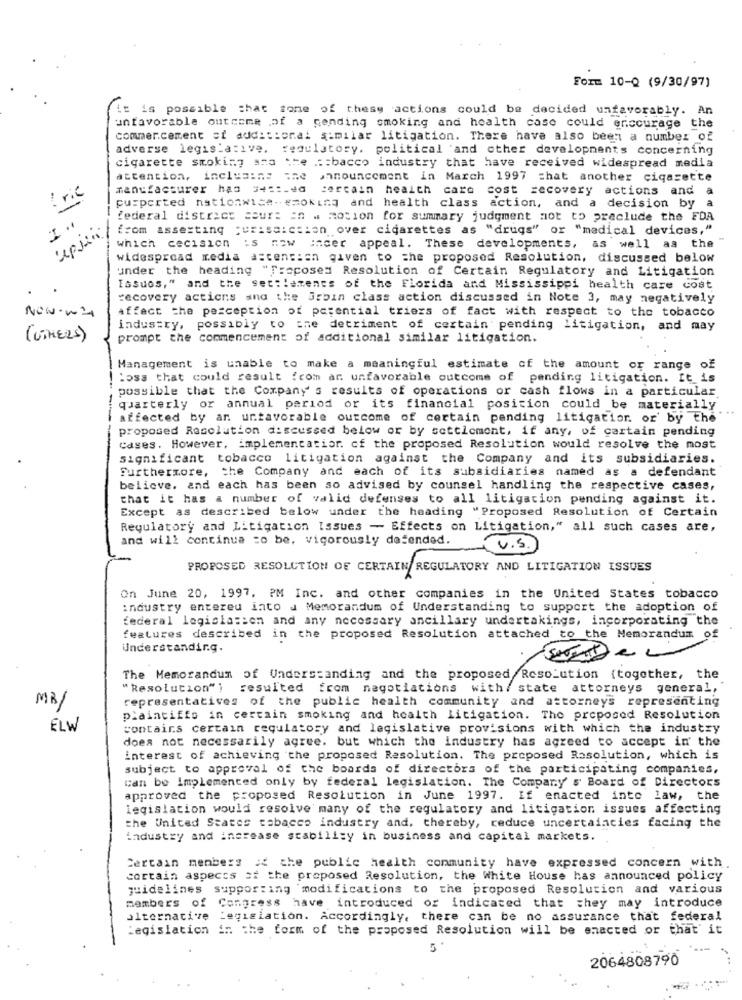
Form 10-Q (9/30/97]
it is possible that tone of these actions could be decided unfavorably. A
unfavorable outcome of a cending smoking and health case could encourage the
commercement et additional similar litigation. There have also been a number of
adverse legislative. regulatory. political and other developments concerning
cigarette smoking sca the .: : bacco industry that have received widespread media
attention, inclusins the announcement in March 1997 chat another cigarette
manufacturer has 34 =:. da
cercain health care cost recovery actions and
.
pu:perted nationwide -== oking and health class action, and a decision by a
I ..
federal district seur: in . motion for summary judgment mot to preclude the FDA
from asserting pur:saicsion over cigarettes as "drugs" or "medical devices,"
which cecision is now incer appeal. These developments, as well as the
widespread media ascension given to the proposed Resolution, discussed below
under the heading "Proposed Resolution of Certain Regulatory and Litigation
Issues," and the set:laments of the Florida and Mississippi health care cost
recovery actions and the arbin class action discussed in Note 3, may negatively
NON-wy
affect the perception of potential triers of fact with respect to the tobacco
industry, possibly to the detriment of certain pending litigation, and may
(OTHERS)
prompt the commencement of additional similar litigation.
Management is unable to make a meaningful estimate of the amount of range of
Boss that could result from ar unfavorable outcome of pending litigation. It_is
possible that the Company s results of operations or cash flows in a particular
quarterly or annual period or its financial position could be materially
-
affected by ar untavorable outcome of certain pending litigation or by the
proposed Resolution discussed below or by settlement, if any, of cartain pending
Cases. However, implementation. of the proposed Resolution would resolve the most
significant tobacco litigation against the Company and its subsidiaries.
Furthermore, the Company and each of its subsidiaries named as a defendant
believe. and each has been so advised by counsel handling the respective cases,
that it has a number of valid defenses to all litigation pending against it.
Except as described below under the heading "Proposed Resolution of Certain
Regulatory and Litigation Issues - Effects on Litigation," all such cases are,
and will continue =o be, vigorously defended.
U . S.)
PROPOSED RESOLUTION OF CERTAIN REGULATORY AND LITIGATION ISSUES
On June 20, 1997. PM Inc. and other companies in the United States tobacco
industry entered into J Memorandum of Understanding to support the adoption of
federal legislation and any necessary ancillary undertakings, incorporating the
features described in the proposed Resolution attached to the Memorandum of
Understanding.
The Memorandum of Understanding and the proposed Resolution (together, the
"Resolution")
resulted from negotiations with/ state attorneys general,
representatives of the public health community and attorneys representing
MB/
plaintiffs in certain smoking and health Litigation. The proposed Resolution
ELW
contains certain regulatory and legislative provisions with which the industry
does not necessarily agree. but which the industry has agreed to accept in' the
interest of achieving the proposed Resolution. The proposed Resolution, which is
subject to approval of the boards of directors of the participating companies,
can be implemented only by federal legislation. The Company' s' Board of Directors
approved the proposed Resolution in June 1997. If enacted into law, the
legislation would resolve many of the regulatory and litigation issues affecting
the United States tabacco industry and, thereby, reduce uncertainties facing the
industry and increase stability in business and capital markets.
Certain members of the public health community have expressed concern with.
cortain aspects of the proposed Resolution, the White House has announced policy
guidelines supporting modifications to the proposed Resolution and various
members of Congress have introduced or indicated that they may introduce
alternative Legislation. Accordingly, there can be no assurance that federal
Legislation in the form of the proposed Resolution will be enacted or that' it
5
2064808790